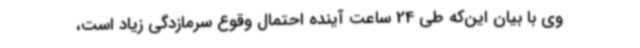
وی با بیان این‌که طی 24 ساعت آینده احتمال وقوع سرمازدگی زیاد است،